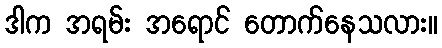
ဒါက အရမ်း အရောင် တောက်နေသလား။